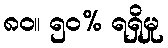
၈၀။ ၅၀% ရရှိမှု